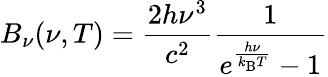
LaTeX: B_{\nu}(\nu,T)={\frac{2h\nu^{3}}{c^{2}}}{\frac{1}{e^{\frac{h\nu}{k_{\mathrm{B}}T}}-1}}